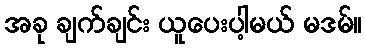
အခု ချက်ချင်း ယူပေးပါ့မယ် မဒမ်။